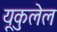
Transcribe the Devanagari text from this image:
यूकुलेल